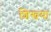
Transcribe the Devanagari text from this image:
शिखया